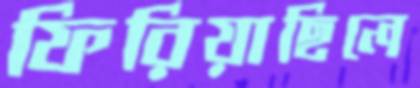
ফিরিয়াছিলে